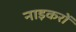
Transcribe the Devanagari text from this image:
नाइकरों